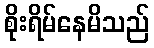
စိုးရိမ်နေမိသည်